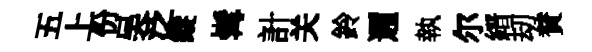
五上份吴泛縱髯計关鈴邇執尔縉刧賛